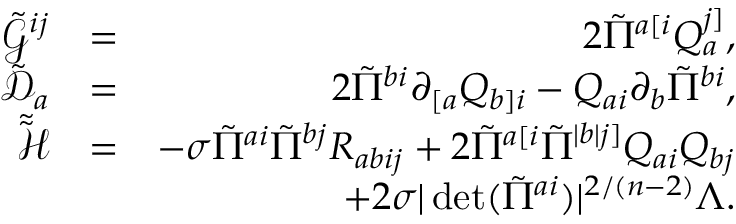
\begin{array} { r l r } { \tilde { \mathcal { G } } ^ { i j } } & { = } & { 2 \tilde { \Pi } ^ { a [ i } Q _ { a } ^ { j ] } , } \\ { \tilde { \mathcal { D } } _ { a } } & { = } & { 2 \tilde { \Pi } ^ { b i } \partial _ { [ a } Q _ { b ] i } - Q _ { a i } \partial _ { b } \tilde { \Pi } ^ { b i } , } \\ { \tilde { \tilde { \mathcal { H } } } } & { = } & { - \sigma \tilde { \Pi } ^ { a i } \tilde { \Pi } ^ { b j } R _ { a b i j } + 2 \tilde { \Pi } ^ { a [ i } \tilde { \Pi } ^ { | b | j ] } Q _ { a i } Q _ { b j } } \\ & { } & { + 2 \sigma | \operatorname* { d e t } ( \tilde { \Pi } ^ { a i } ) | ^ { 2 / ( n - 2 ) } \Lambda . } \end{array}